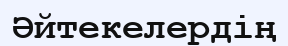
Әйтекелердің